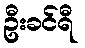
ဦးခင်ရီ